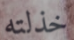
خذلته